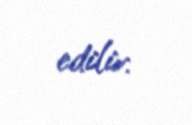
edilir.